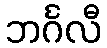
ဘင်္ဂလီ